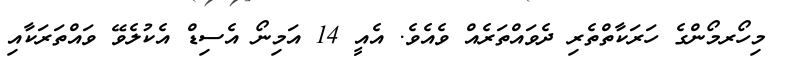
މިހޯރމޯންގެ ހަރަކާތްތެރި ދެވައްތަރެއް ވެއެވެ. އެއީ 14 އަމިނޯ އެސިޑް އެކުލެވޭ ވައްތަރަކާއި